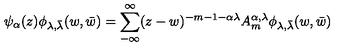
\psi _ { \alpha } ( z ) \phi _ { \lambda , \bar { \lambda } } ( w , \bar { w } ) = \sum _ { - \infty } ^ { \infty } ( z - w ) ^ { - m - 1 - \alpha \lambda } A _ { m } ^ { \alpha , \lambda } \phi _ { \lambda , \bar { \lambda } } ( w , \bar { w } )